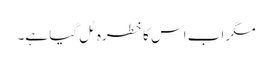
مگر اب اس کا خطرہ ٹل گیا ہے۔